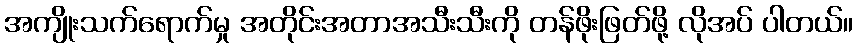
အကျိုးသက်ရောက်မှု အတိုင်းအတာအသီးသီးကို တန်ဖိုးဖြတ်ဖို့ လိုအပ် ပါတယ်။